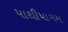
પાથીપાગમ